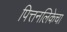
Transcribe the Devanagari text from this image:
पित्तनलिकेचा